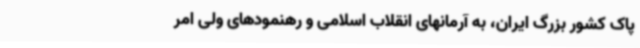
پاک کشور بزرگ ایران، به آرمانهای انقلاب اسلامی و رهنمودهای ولی امر